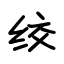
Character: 绞